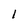
Character: l